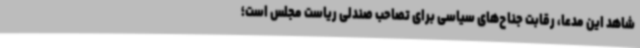
شاهد این مدعا، رقابت جناح‌های سیاسی برای تصاحب صندلی ریاست مجلس است؛